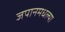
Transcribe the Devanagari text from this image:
जपानमधल्या